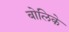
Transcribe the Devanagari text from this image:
बोलिके